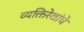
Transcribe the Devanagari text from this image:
व्यक्तिरेखांचे